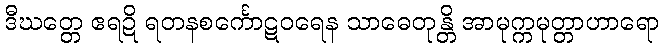
ဒီဃတ္တေ ဧရဍိ ရတနစင်္ကောဋဝရေန သာဓေတုန္တိ အာမုက္ကမုတ္တာဟာရော